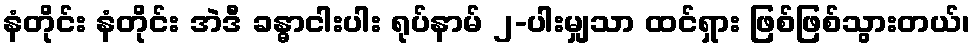
နံတိုင်း နံတိုင်း အဲဒီ ခန္ဓာငါးပါး ရုပ်နာမ် ၂-ပါးမျှသာ ထင်ရှား ဖြစ်ဖြစ်သွားတယ်၊